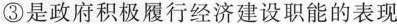
③是政府积极履行经济建设职能的表现